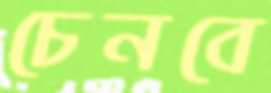
চেনবে